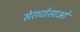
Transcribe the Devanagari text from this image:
सेराटोसाओं